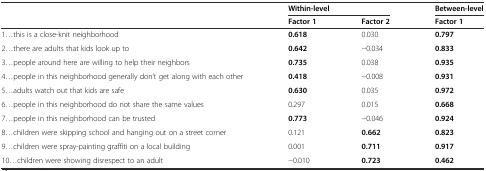
|  | <COLSPAN=2> Within-level | Between-level |
 |  | Factor 1 | Factor 2 | Factor 1 |
 | --- | --- | --- | --- |
 | 1...this is a close-knit neighborhood | 0.618 | 0.030 | 0.797 |
 | 2...there are adults that kids look up to | 0.642 | −0.034 | 0.833 |
 | 3...people around here are willing to help their neighbors | 0.735 | 0.038 | 0.935 |
 | 4...people in this neighborhood generally don’t get along with each other | 0.418 | −0.008 | 0.931 |
 | 5...adults watch out that kids are safe | 0.630 | 0.035 | 0.972 |
 | 6...people in this neighborhood do not share the same values | 0.297 | 0.015 | 0.668 |
 | 7...people in this neighborhood can be trusted | 0.773 | −0.046 | 0.924 |
 | 8...children were skipping school and hanging out on a street corner | 0.121 | 0.662 | 0.823 |
 | 9...children were spray-painting graffiti on a local building | 0.001 | 0.711 | 0.917 |
 | 10...children were showing disrespect to an adult | −0.010 | 0.723 | 0.462 |